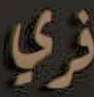
فري